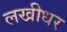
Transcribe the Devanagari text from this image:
लखीधर